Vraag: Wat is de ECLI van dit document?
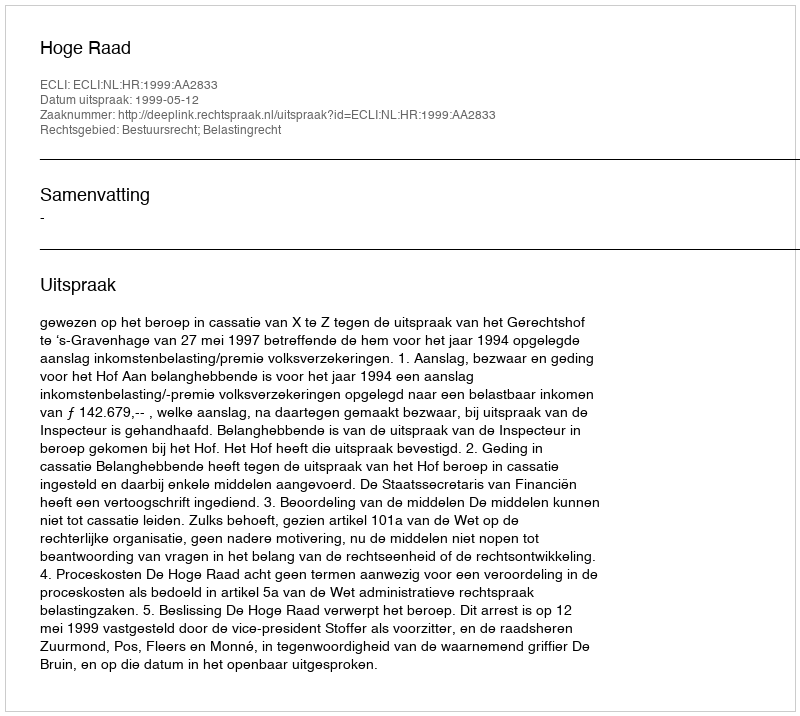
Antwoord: ECLI:NL:HR:1999:AA2833